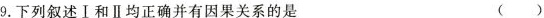
9.下列叙述Ⅰ和Ⅱ均正确并有因果关系的是()